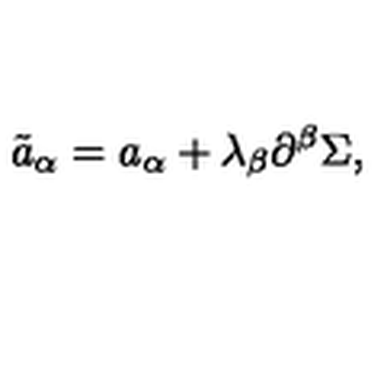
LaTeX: { \tilde { a } } _ { \alpha } = a _ { \alpha } + \lambda _ { \beta } \partial ^ { \beta } \Sigma ,